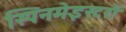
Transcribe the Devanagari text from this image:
स्पिनमेइस्टरों